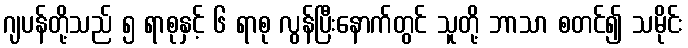
ဂျပန်တို့သည် ၅ ရာစုနှင့် ၆ ရာစု လွန်ပြီးနောက်တွင် သူတို့ ဘာသာ စတင်၍ သမိုင်း